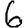
Digit: 6